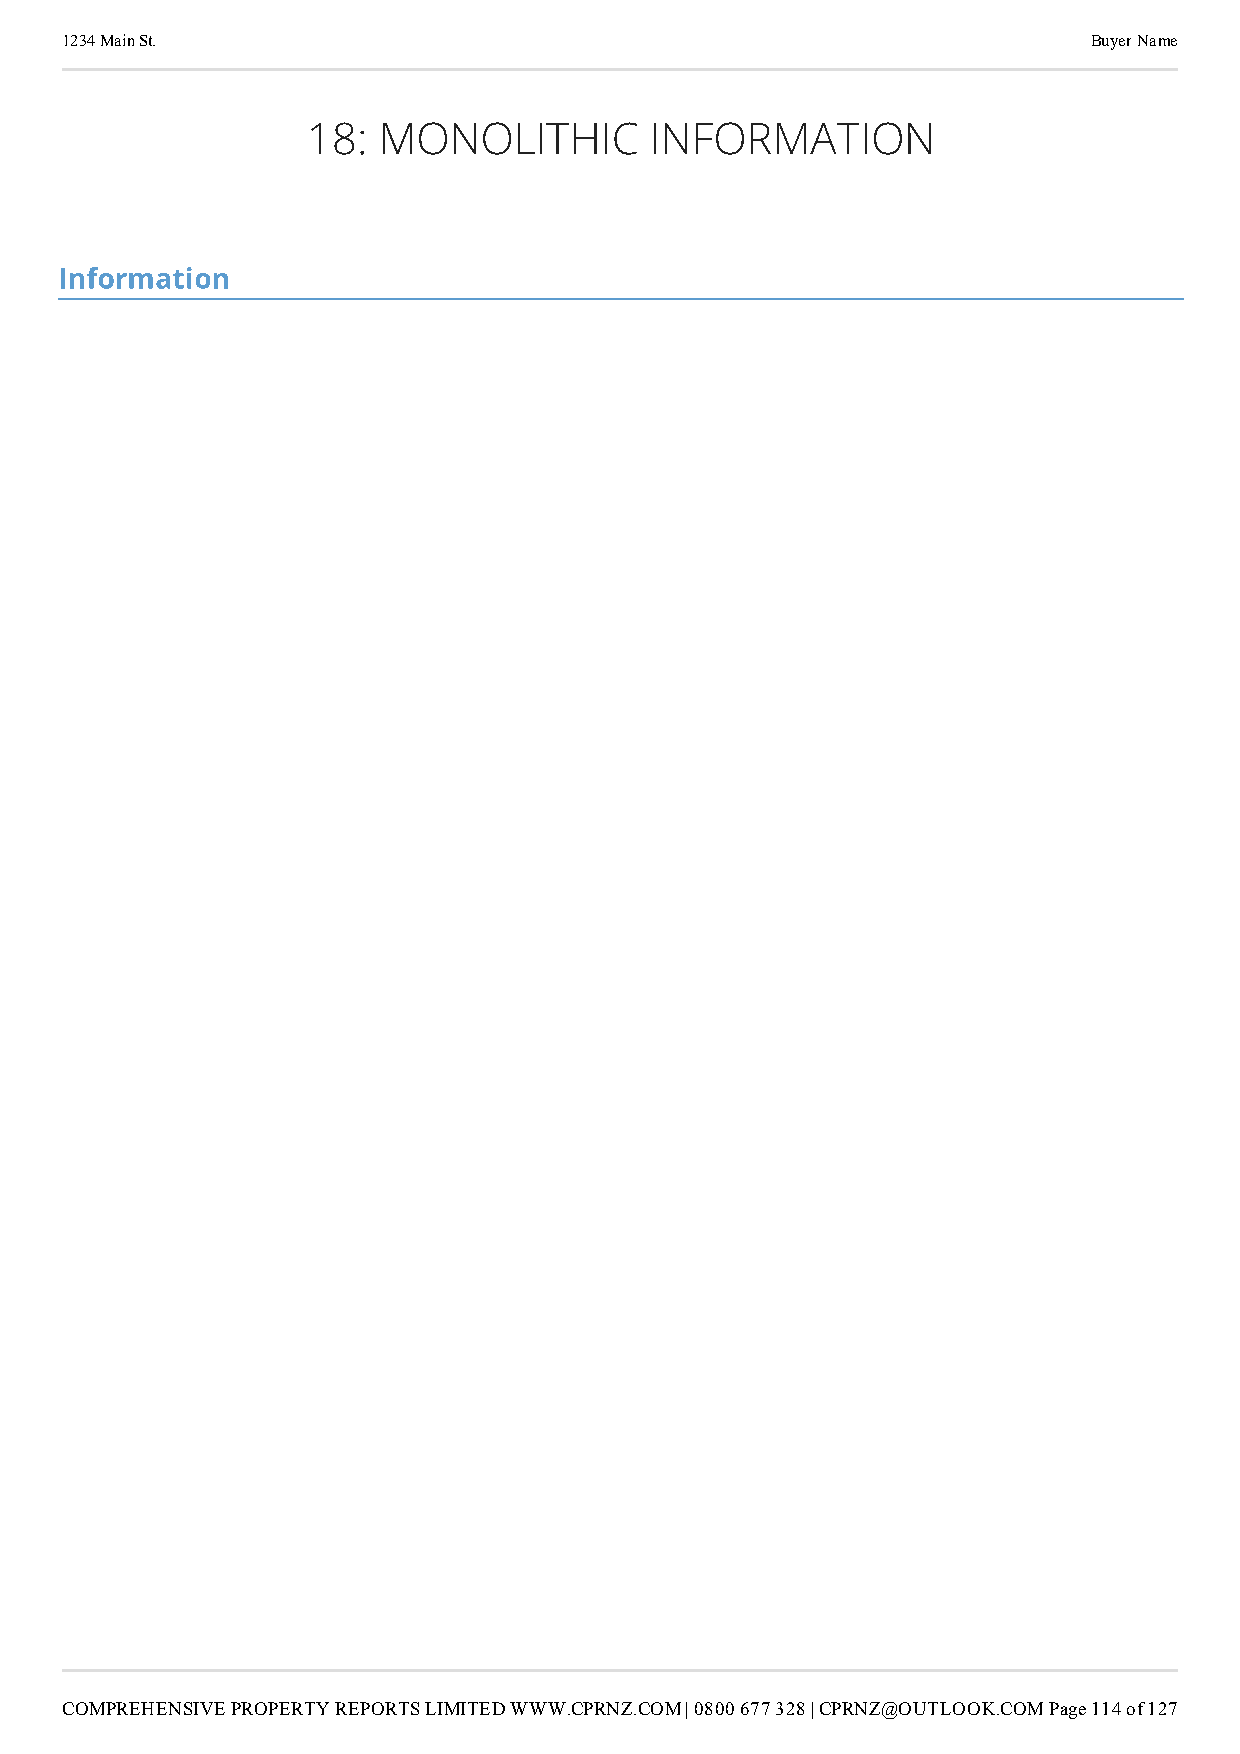
1234 Main St.                                                       Buyer Name
 18:  MONOLITHIC        INFORMATION
 section-NzI4ODQxZTYtYmVhYy00NWU2LTlmMWEtOTE4NDc1NTM2MDBm
 Information
 COMPREHENSIVE PROPERTY REPORTS LIMITED WWW.CPRNZ.COM | 0800 677 328 | CPRNZ@OUTLOOK.COMPage 114 of 127